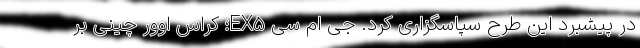
در پیشبرد این طرح سپاسگزاری کرد. جِی ام سی EX5؛ کراس اوور چینی بر